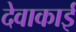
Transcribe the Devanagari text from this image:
देवाकाई